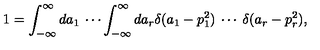
1 = \int _ { - \infty } ^ { \infty } d a _ { 1 } \: \cdots \int _ { - \infty } ^ { \infty } d a _ { r } \delta ( a _ { 1 } - p _ { 1 } ^ { 2 } ) \: \cdots \: \delta ( a _ { r } - p _ { r } ^ { 2 } ) ,